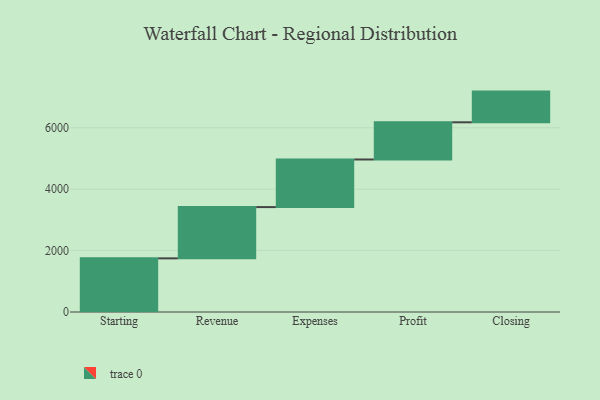
{"axis": {"x": "Step", "y": "Value"}, "legend": [""], "data": [{"x": "Starting", "y": 1747.0, "type": ""}, {"x": "Revenue", "y": 1670.0, "type": ""}, {"x": "Expenses", "y": 1550.0, "type": ""}, {"x": "Profit", "y": 1211.0, "type": ""}, {"x": "Closing", "y": 1000, "type": ""}]}